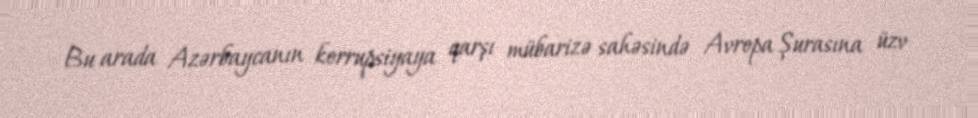
Bu arada Azərbaycanın korrupsiyaya qarşı mübarizə sahəsində Avropa Şurasına üzv